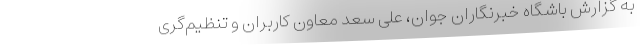
به گزارش باشگاه خبرنگاران جوان، علی سعد معاون کاربران و تنظیم‌گری